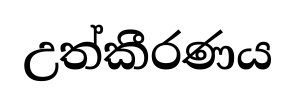
උත්කීරණය